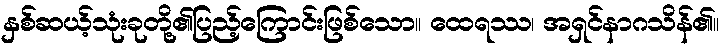
နှစ်ဆယ့်သုံးခုတို့၏ပြည့်ကြောင်းဖြစ်သော။ ထေရဿ၊ အရှင်နာဂသိန်၏။